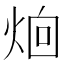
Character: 𪸰